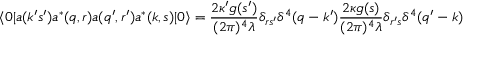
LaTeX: \langle 0 | a ( k ^ { \prime } s ^ { \prime } ) a ^ { * } ( q , r ) a ( q ^ { \prime } , r ^ { \prime } ) a ^ { * } ( k , s ) | 0 \rangle = \frac { 2 \kappa ^ { \prime } g ( s ^ { \prime } ) } { ( 2 \pi ) ^ { 4 } \lambda } \delta _ { r s ^ { \prime } } \delta ^ { 4 } ( q - k ^ { \prime } ) \frac { 2 \kappa g ( s ) } { ( 2 \pi ) ^ { 4 } \lambda } \delta _ { r ^ { \prime } s } \delta ^ { 4 } ( q ^ { \prime } - k )